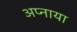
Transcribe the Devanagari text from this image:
अप्नाया